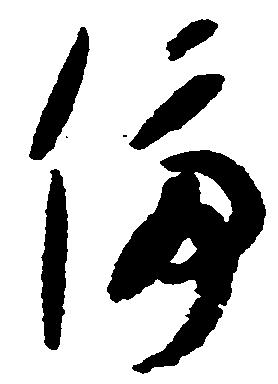
停